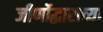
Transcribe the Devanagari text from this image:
जीर्णोद्धाराच्या